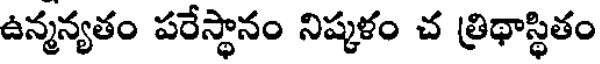
ఉన్మన్యతం పరేస్థానం నిష్కళం చ త్రిథాస్థితం